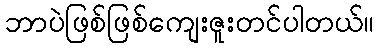
ဘာပဲဖြစ်ဖြစ်ကျေးဇူးတင်ပါတယ်။